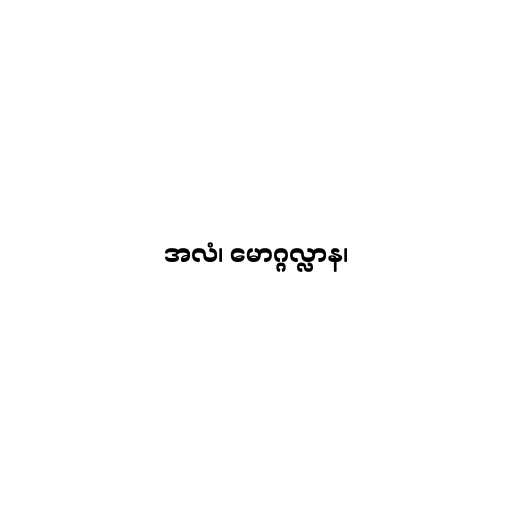
အလံ၊ မောဂ္ဂလ္လာန၊